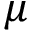
\mu